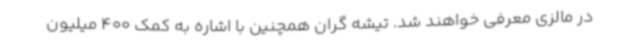
در مالزی معرفی خواهند شد. تیشه گران همچنین با اشاره به کمک 400 میلیون